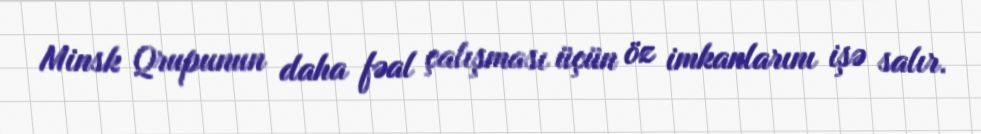
Minsk Qrupunun daha fəal çalışması üçün öz imkanlarını işə salır.